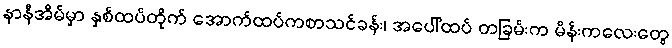
နာနီအိမ်မှာ နှစ်ထပ်တိုက် အောက်ထပ်ကစာသင်ခန်း၊ အပေါ်ထပ် တခြမ်းက မိန်းကလေးတွေ